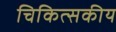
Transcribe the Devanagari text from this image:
चिकित्‍सकीय